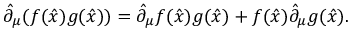
\hat { \partial } _ { \mu } ( f ( \hat { x } ) g ( \hat { x } ) ) = \hat { \partial } _ { \mu } f ( \hat { x } ) g ( \hat { x } ) + f ( \hat { x } ) \hat { \partial } _ { \mu } g ( \hat { x } ) .